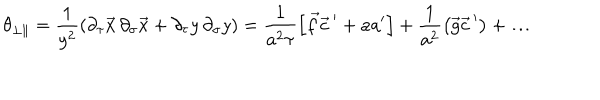
LaTeX: \theta _ { \bot \parallel } = \frac { 1 } { y ^ { 2 } } \left( \partial _ { \tau } \vec { x } \, \partial _ { \sigma } \vec { x } + \partial _ { \tau } y \, \partial _ { \sigma } y \right) = \frac { 1 } { a ^ { 2 } \tau } \left[ \vec { f } { \vec { c } \, } ^ { \prime } + a a ^ { \prime } \right] + \frac { 1 } { a ^ { 2 } } \left( \vec { g } { \vec { c } \, } ^ { \prime } \right) + \ldots